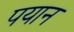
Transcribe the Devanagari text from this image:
पयान